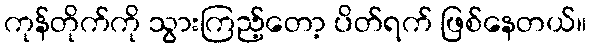
ကုန်တိုက်ကို သွားကြည့်တော့ ပိတ်ရက် ဖြစ်နေတယ်။